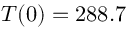
T ( 0 ) = 2 8 8 . 7